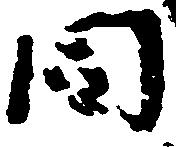
同